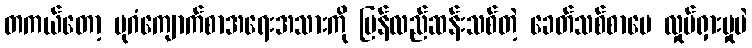
တကယ်တော့ ပုဂံကျောက်စာအရေးအသားကို ပြန်လည်ဆန်းသစ်တဲ့ ခေတ်သစ်စာပေ လှုပ်ရှားမှုပဲ